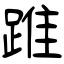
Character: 踓